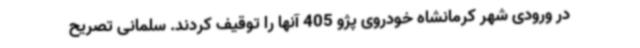
در ورودی شهر کرمانشاه خودروی پژو 405 آنها را توقیف کردند. سلمانی تصریح